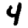
Digit: 4